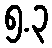
၅.၃